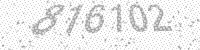
Solution: 816102